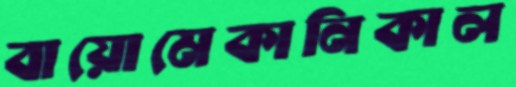
বায়োমেকানিকাল